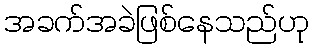
အခက်အခဲဖြစ်နေသည်ဟု